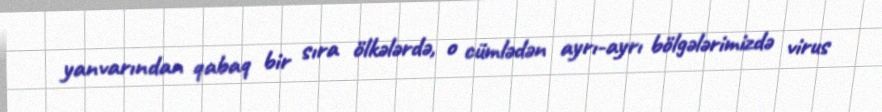
yanvarından qabaq bir sıra ölkələrdə, o cümlədən ayrı-ayrı bölgələrimizdə virus